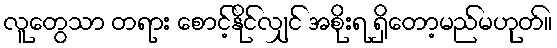
လူတွေသာ တရား စောင့်နိုင်လျှင် အစိုးရ ရှိတော့မည်မဟုတ်။